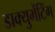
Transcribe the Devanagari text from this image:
डाक्युमेंटिंग